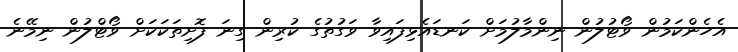
އެހެންކަމުން ވޯޓުލުން ނިންމާލުމަށް ކަނޑައެޅިފައިވާ ވަގުތުގެ ކުރިން ގިނަ ފޮށިތަކަކަށް ވޯޓްލުން ނިމޭނެ